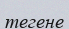
тегене